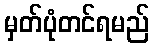
မှတ်ပုံတင်ရမည်